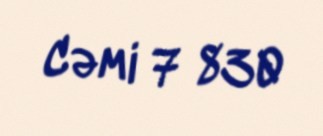
Cəmi 7 830